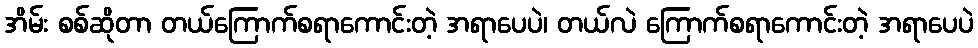
အိမ်း စစ်ဆိုတာ တယ်ကြောက်စရာကောင်းတဲ့ အရာပေပဲ၊ တယ်လဲ ကြောက်စရာကောင်းတဲ့ အရာပေပဲ